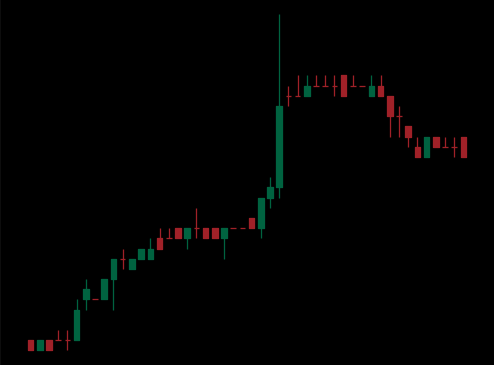
Pattern: bear_flag